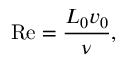
\mathrm { R e } = \frac { L _ { 0 } v _ { 0 } } { \nu } ,